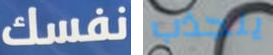
نفسك ينجذب